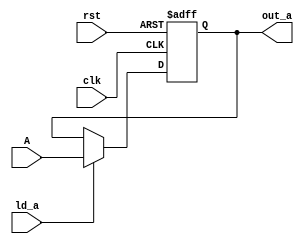
module regA (

    input clk,
    input rst,
    input[14:0] A,
    input ld_a,
    output[14:0] out_a
);

reg[14:0] add_out;

always @(posedge clk or negedge rst) begin
    
    if(!rst)
     add_out <= 15'b0;
    else if(ld_a)
     add_out <= A; 
end

assign out_a = add_out;

endmodule